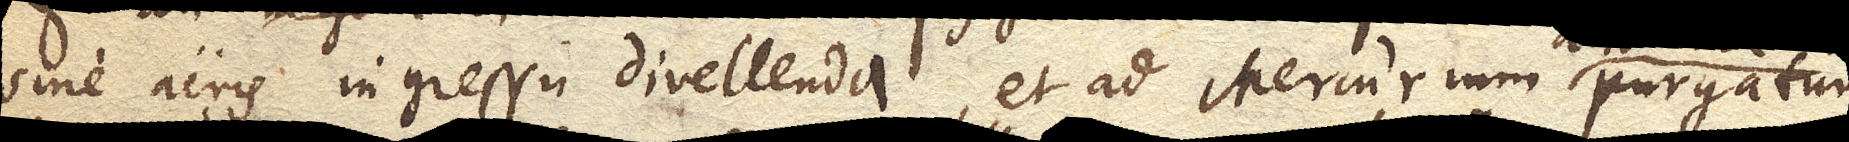
sine aeris ingressu divellenda, et ad Mercurium purgatum